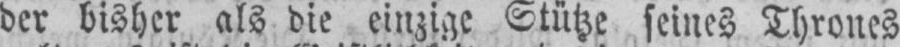
der bisher als die einzige Stütze seines Thrones